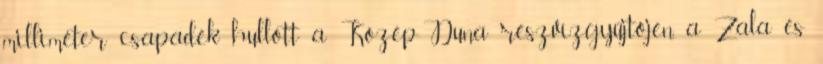
milliméter csapadék hullott a Közép-Duna részvízgyűjtőjén, a Zala és